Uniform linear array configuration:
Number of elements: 32
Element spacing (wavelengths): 0.5
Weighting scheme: hann
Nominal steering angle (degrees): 45
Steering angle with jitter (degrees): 44.766
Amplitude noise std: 0.05
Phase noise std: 0.05

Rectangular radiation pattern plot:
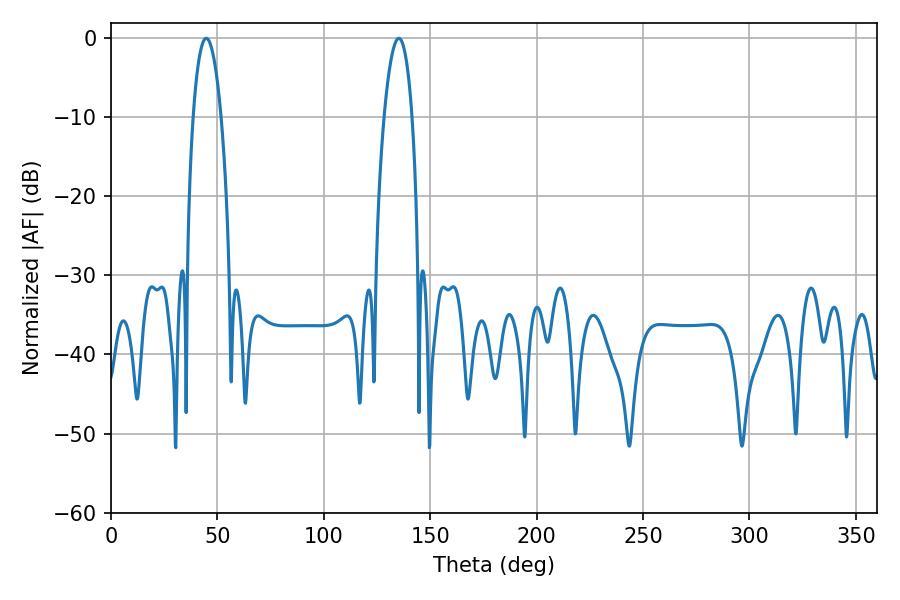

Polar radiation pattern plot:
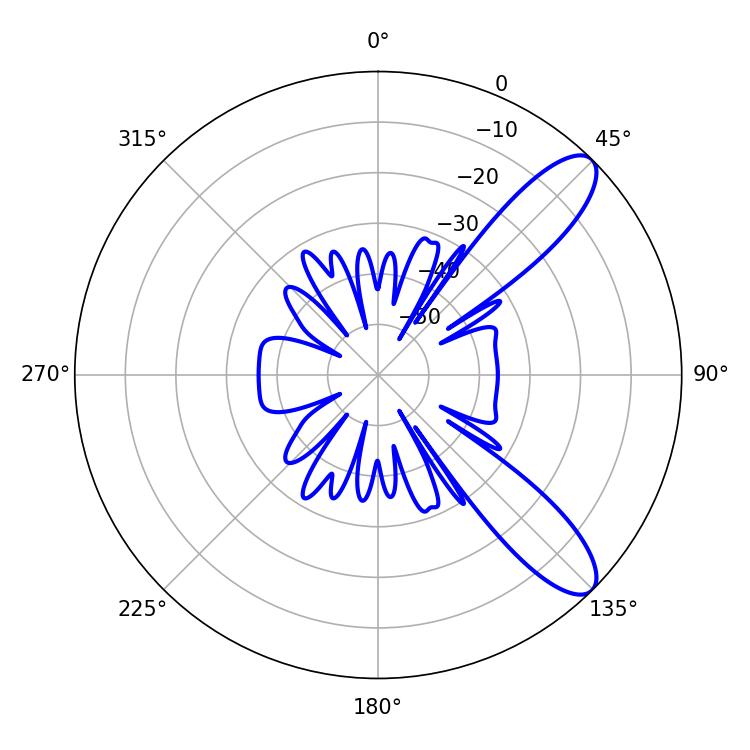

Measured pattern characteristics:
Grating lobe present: FALSE
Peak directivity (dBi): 10.158
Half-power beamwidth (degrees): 7.38
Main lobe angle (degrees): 44.82